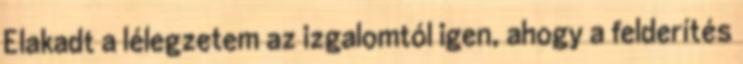
Elakadt a lélegzetem az izgalomtól igen, ahogy a felderítés